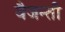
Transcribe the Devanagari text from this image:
वैजन्ती